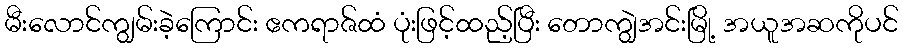
မီးလောင်ကျွမ်းခဲ့ကြောင်း ဧကရာဇ်ထံ ပုံးဖြင့်ထည့်ပြီး တောကျွဲအင်းမြို့ အယူအဆကိုပင်